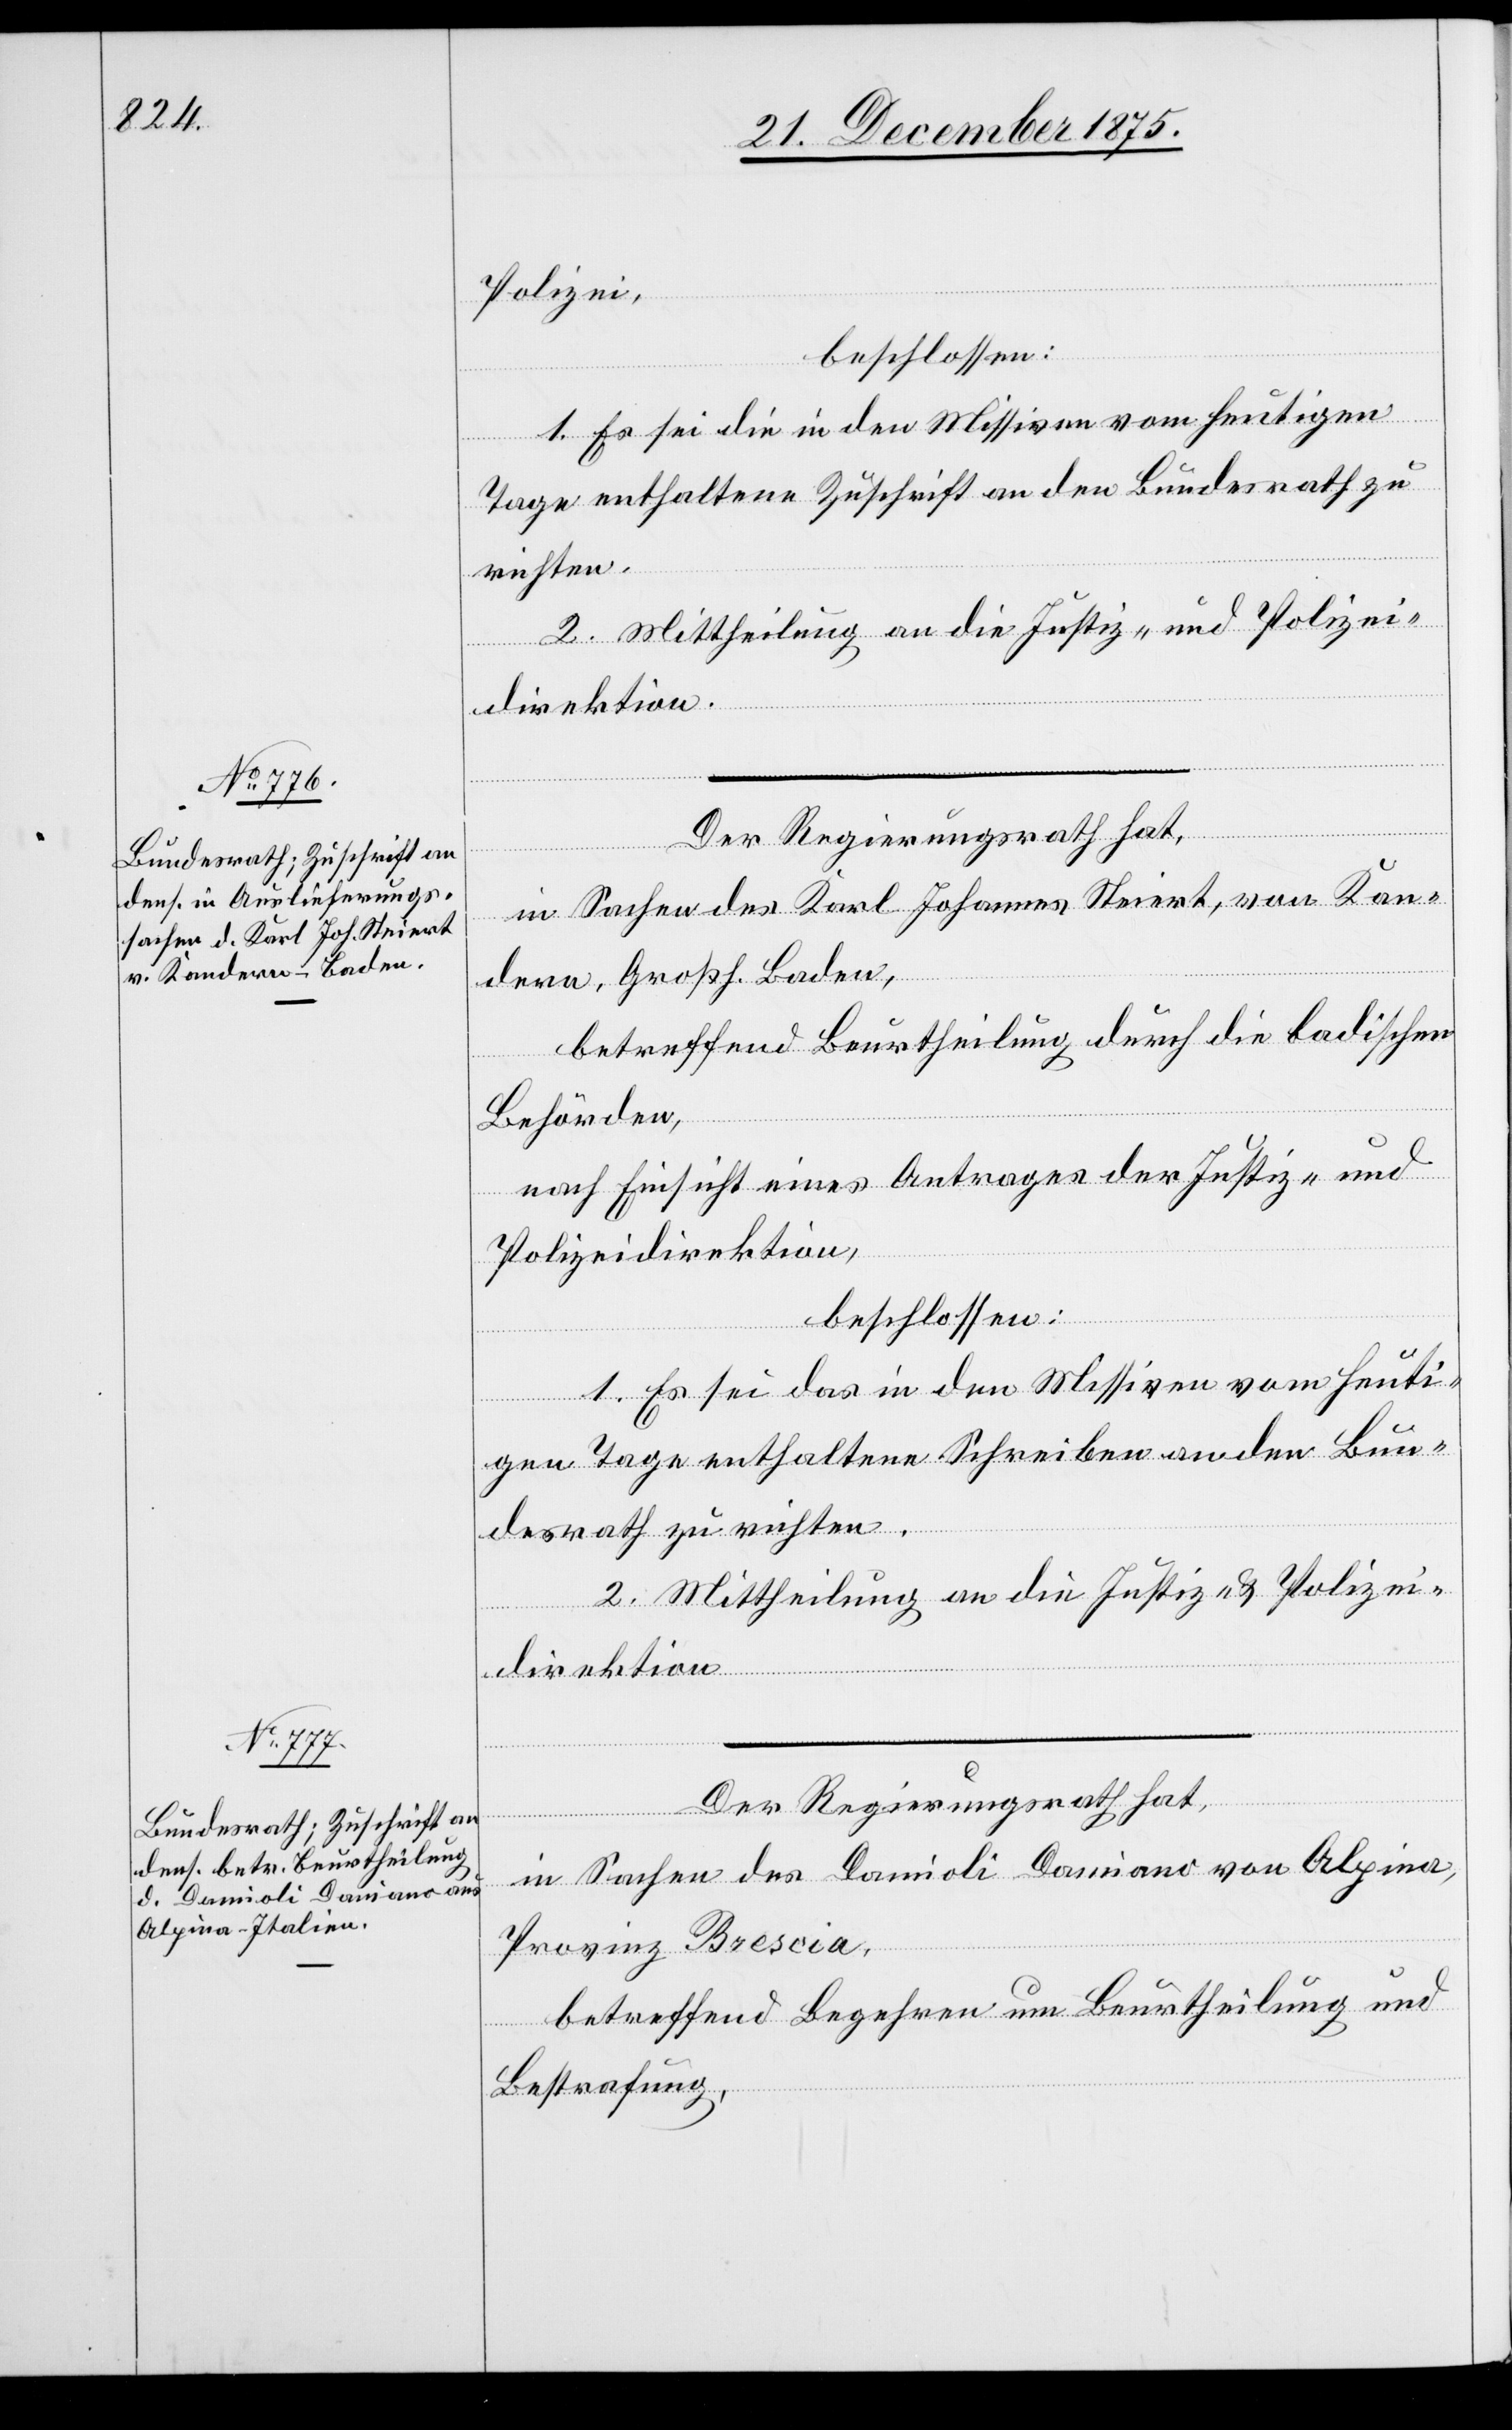
1. Es sei die in den Missiven vom heutigen
Tage enthaltene Zuschrift an den Bundesrath zu
richten.
2. Mittheilung an die Justiz- und Polizei¬
direktion.
Der Regierungsrath hat,
in Sachen des Karl Johannes Steiert, von Kan¬
dern, Großh. Baden,
betreffend Beurtheilung durch die badischen
Behörden,
nach Einsicht eines Antrages der Justiz- und
Polizeidirektion,
beschlossen:
1. Es sei das in den Missiven vom heuti¬
gen Tage enthaltene Schreiben an den Bun¬
desrath zu richten.
2. Mittheilung an die Justiz- & Polizei¬
direktion.
Der Regierungsrath hat,
in Sachen des Damioli Damiano von Alpina,
Provinz Brescia,
betreffend Begehren um Beurtheilung und
Bestrafung,